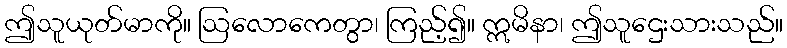
ဤသူယုတ်မာကို။ ဩလောကေတွာ၊ ကြည့်၍။ ဣမိနာ၊ ဤသူဌေးသားသည်။